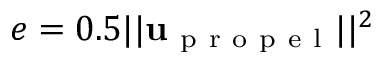
e = 0 . 5 | | \mathbf { u } _ { \mathrm { ~ p ~ r ~ o ~ p ~ e ~ l ~ } } | | ^ { 2 }